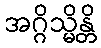
အဂ္ဂိသ္မိန္တိ